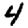
Digit: 4